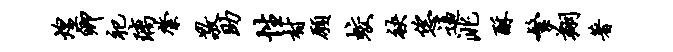
煌卿祀璃綮敬助性村愿蛟袂恁逼洮酥繁翔著